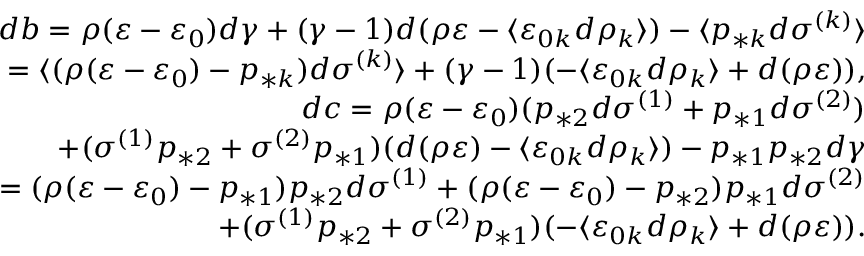
\begin{array} { r } { d b = \rho ( \varepsilon - \varepsilon _ { 0 } ) d \gamma + ( \gamma - 1 ) d ( \rho \varepsilon - \langle \varepsilon _ { 0 k } d \rho _ { k } \rangle ) - \langle p _ { * k } d \sigma ^ { ( k ) } \rangle } \\ { = \langle ( \rho ( \varepsilon - \varepsilon _ { 0 } ) - p _ { * k } ) d \sigma ^ { ( k ) } \rangle + ( \gamma - 1 ) ( - \langle \varepsilon _ { 0 k } d \rho _ { k } \rangle + d ( \rho \varepsilon ) ) , } \\ { d c = \rho ( \varepsilon - \varepsilon _ { 0 } ) ( p _ { * 2 } d \sigma ^ { ( 1 ) } + p _ { * 1 } d \sigma ^ { ( 2 ) } ) } \\ { + ( \sigma ^ { ( 1 ) } p _ { * 2 } + \sigma ^ { ( 2 ) } p _ { * 1 } ) ( d ( \rho \varepsilon ) - \langle \varepsilon _ { 0 k } d \rho _ { k } \rangle ) - p _ { * 1 } p _ { * 2 } d \gamma } \\ { = ( \rho ( \varepsilon - \varepsilon _ { 0 } ) - p _ { * 1 } ) p _ { * 2 } d \sigma ^ { ( 1 ) } + ( \rho ( \varepsilon - \varepsilon _ { 0 } ) - p _ { * 2 } ) p _ { * 1 } d \sigma ^ { ( 2 ) } } \\ { + ( \sigma ^ { ( 1 ) } p _ { * 2 } + \sigma ^ { ( 2 ) } p _ { * 1 } ) ( - \langle \varepsilon _ { 0 k } d \rho _ { k } \rangle + d ( \rho \varepsilon ) ) . } \end{array}